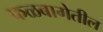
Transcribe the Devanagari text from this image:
फळबागेतील